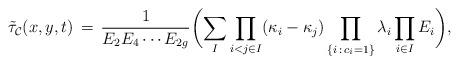
LaTeX: \begin{align*}\tilde{\tau}_{\mathcal{C}}(x,y,t) \,=\, \frac{1}{E_2E_4\cdots E_{2g}}\biggl(\displaystyle\sum_{I} \displaystyle\prod_{i< j \in I} (\kappa_i - \kappa_j) \displaystyle\prod_{\{i\,:\, c_i = 1\}} \lambda_i \prod_{i\in I} E_i \biggr),\end{align*}